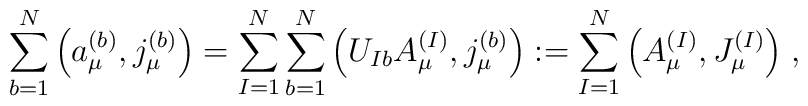
\sum_{b=1}^N \Big( a_\mu^{(b)},j_\mu^{(b)} \Big) =\sum_{I=1}^N \sum_{b=1}^N\Big( U_{I b} A_\mu^{(I)}, j_\mu^{(b)} \Big) :=\sum_{I=1}^N \Big( A_\mu^{(I)}, J_\mu^{(I)} \Big) \; ,